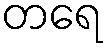
တရေ